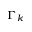
\Gamma _ { k }